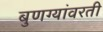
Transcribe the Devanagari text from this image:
बुणग्यांवरती